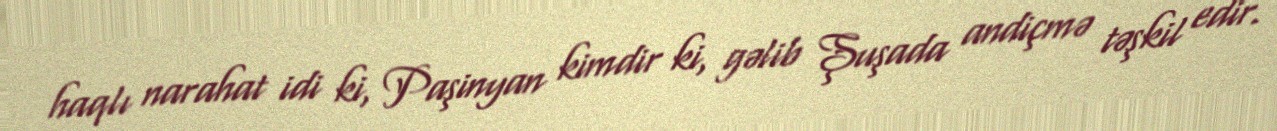
haqlı narahat idi ki, Paşinyan kimdir ki, gəlib Şuşada andiçmə təşkil edir.